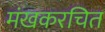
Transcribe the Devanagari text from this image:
मंखकरचित